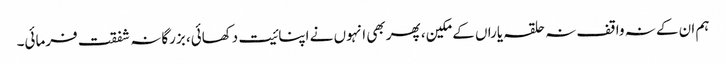
ہم ان کے نہ واقف نہ حلقہ یاراں کے مکین، پھر بھی انہوں نے اپنائیت دکھائی، بزرگانہ شفقت فرمائی۔